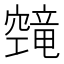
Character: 𬔔